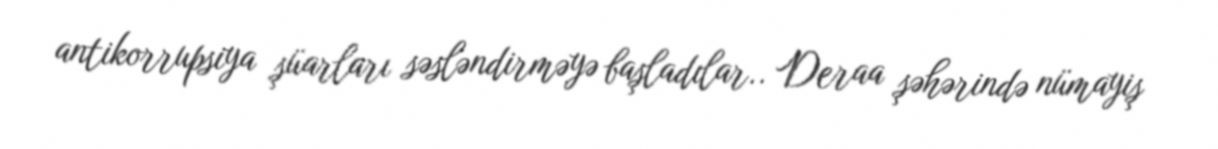
antikorrupsiya şüarları səsləndirməyə başladılar.. Deraa şəhərində nümayiş